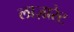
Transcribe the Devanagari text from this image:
लाज़ारेट